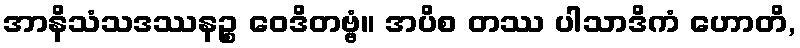
အာနိသံသဒဿနဉ္စ ဝေဒိတဗ္ဗံ။ အပိစ တဿ ပါသာဒိကံ ဟောတိ,